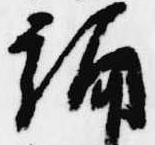
誦